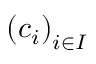
\left( c _ { i } \right) _ { i \in I }